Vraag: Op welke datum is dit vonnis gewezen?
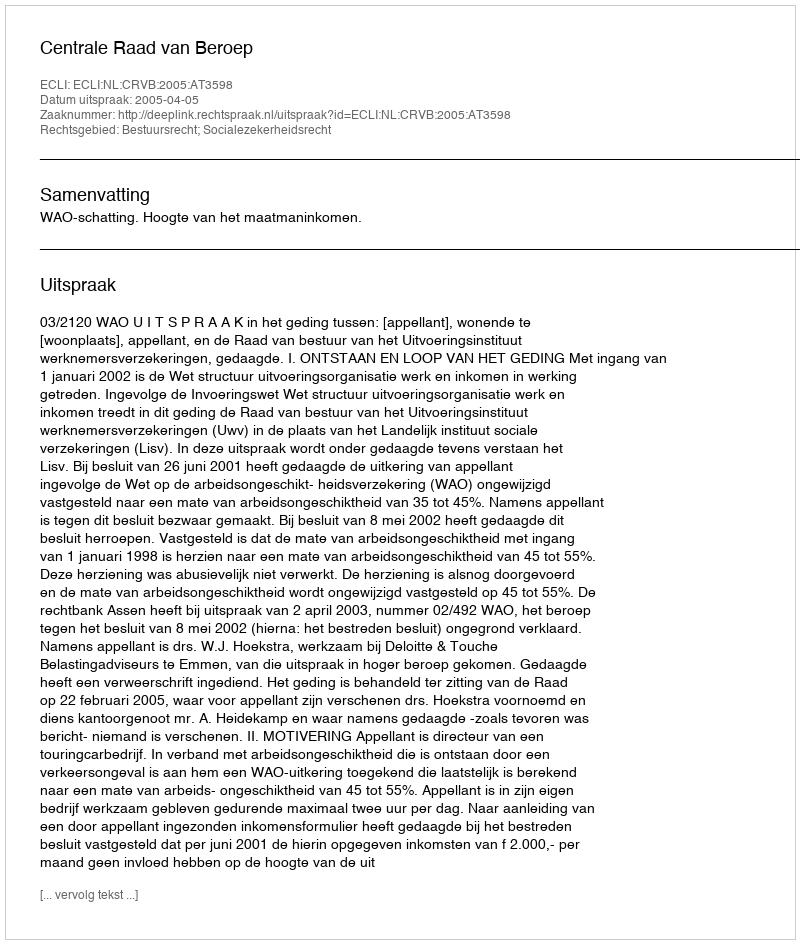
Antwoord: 2005-04-05